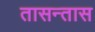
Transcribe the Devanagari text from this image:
तासन्तास